Annual administration and progress report of the Indian Medical Department, Bombay
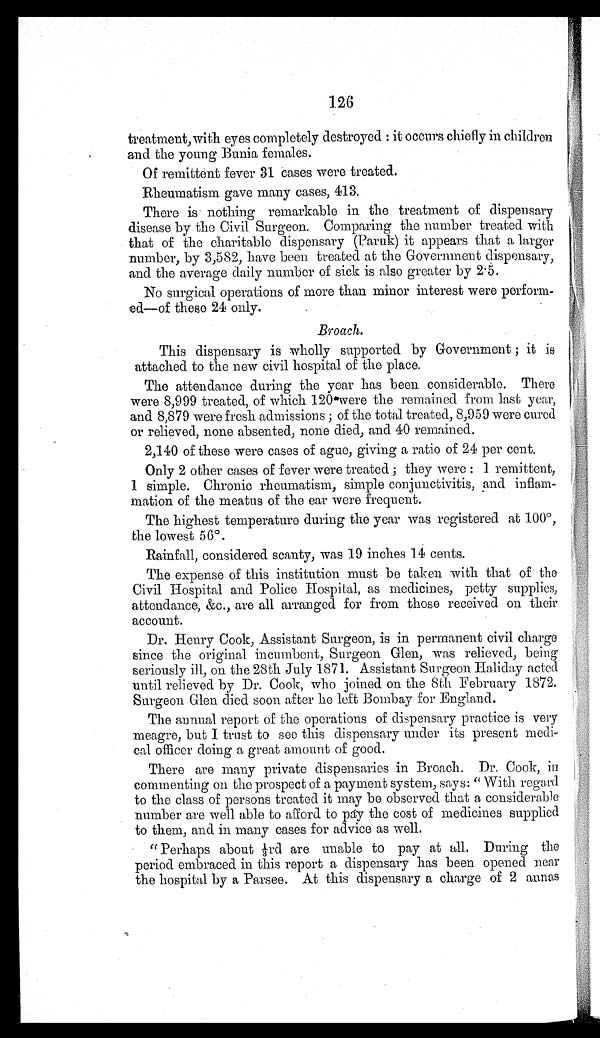
126
treatment, with eyes completely destroyed: it occurs chiefly in children
and the young Bunia females.
Of remittent fever 31 cases were treated
.
Rheumatism gave many cases, 413.
There is nothing remarkable in the treatment of dispensary
disease by the Civil Surgeon. Comparing the number treated with
that of the charitable dispensary (Paruk) it appears that a larger
number, by 3,582, have been treated at the Government dispensary,
and the average daily number of sick is also greater by 2.5.
No surgical operations of more than minor interest were perform-
ed—of these 24 only.
Broach.
This dispensary is wholly supported by Government; it is
attached to the new civil hospital of the place.
The attendance during the year has been considerable. There
were 8,999 treated, of which 120 were the remained from last year,
and 8,879 were fresh admissions; of the total treated, 8,959 were cured
or relieved, none absented, none died, and 40 remained.
2,140 of these were cases of ague, giving a ratio of 24 per cent.
Only 2 other cases of fever were treated; they were: 1 remittent,
1 simple. Chronic rheumatism, simple conjunctivitis, and inflam-
mation of the meatus of the ear were frequent.
The highest temperature during the year was registered at 100°,
the lowest 56°.
Rainfall, considered scanty, was 19 inches 14 cents.
The expense of this institution must be taken with that of the
Civil Hospital and Police Hospital, as medicines, petty supplies,
attendance, &c., are all arranged for from those received on their
account.
Dr. Henry Cook, Assistant Surgeon, is in permanent civil charge
since the original incumbent, Surgeon Glen, was relieved, being
seriously ill, on the 28th July 1871. Assistant Surgeon Haliday acted
until relieved by Dr. Cook, who joined on the 8th February 1872.
Surgeon Glen died soon after he left Bombay for England.
The annual report of the operations of dispensary practice is very
meagre, but I trust to see this dispensary under its present medi-
cal officer doing a great amount of good.
There are many private dispensaries in Broach. Dr. Cook, in
commenting on the prospect of a payment system, says: "With regard
to the class of persons treated it may be observed that a considerable
number are well able to afford to pay the cost of medicines supplied
to them, and in many cases for advice as well.
"Perhaps about 1/3rd are unable to pay at all. During the
period embraced in this report a dispensary has been opened near
the hospital by a Parsee. At this dispensary a charge of 2 annas